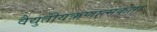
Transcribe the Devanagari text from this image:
वैद्युतीयऋणात्मकता